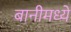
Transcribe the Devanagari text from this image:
बानीमध्ये